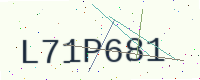
Text: L71P681